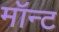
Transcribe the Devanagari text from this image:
मॉन्ट